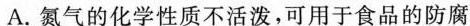
A.氮气的化学性质不活泼，可用于食品的防腐